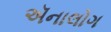
ઍનાલોગ